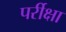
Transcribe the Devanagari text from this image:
पर्रीक्षा